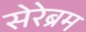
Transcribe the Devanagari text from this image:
सेरेब्रम